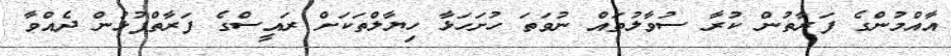
އާއްމުންގެ ފަރާތުން ކުރާ ސުވާލުތައް ނުވަތަ ހުށަހަޅާ ހިޔާލްތަކަށް ރައީސްގެ ފަރާތްޕުޅުން ދެއްވާ